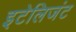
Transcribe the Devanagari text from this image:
इटेलिजंट